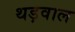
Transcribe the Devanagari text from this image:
थड़वाल